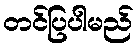
တင်ပြပါမည်